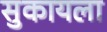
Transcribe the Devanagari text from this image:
सुकायला